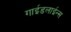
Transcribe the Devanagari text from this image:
गाईडलाईन्स